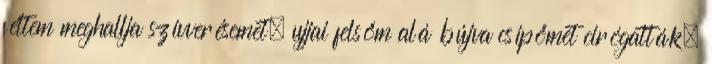
féltem meghallja szívverésemet, ujjai felsőm alá bújva csípőmet cirógatták,